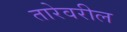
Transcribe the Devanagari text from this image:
तारेवरील